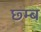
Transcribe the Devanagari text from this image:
छ्म्ब